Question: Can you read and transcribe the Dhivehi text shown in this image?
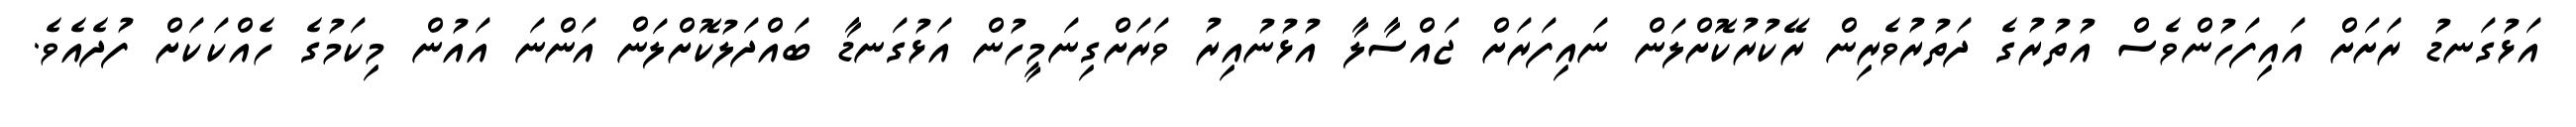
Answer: އަޅުގަނޑު ރަށަށް އައިފަހުންވެސް އުތުރުގެ ދަތުރުވެރިން ރޭކުރުކޮށްލަން ނައިފަރަށް ޖައްސާލާ އުޅުނުއިރު ވަރަށްގިނަމީހުން އަޅުގަނޑާ ބައްދަލުކޮށްލަން އަންނަ އައުން މިކަމުގެ ހެއްކަކަށް ފުދެއެވެ.